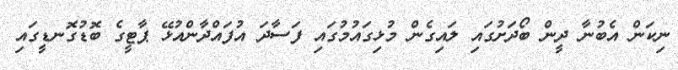
ނިކަން އެބުނާ ދީން ބޯދަށުގައި ލައިގެން މުޅިގައުމުގައި ފަސާދަ އުފައްދާންއުޅޭ ޕާޓީގެ ބޮޑުގޮނޑީގައި